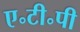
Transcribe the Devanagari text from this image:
ए॰टी॰पी